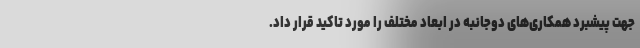
جهت پیشبرد همکاری‌های دوجانبه در ابعاد مختلف را مورد تاکید قرار داد.